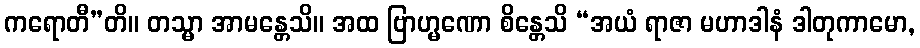
ကရောတီ”တိ။ တသ္မာ အာမန္တေသိ။ အထ ဗြာဟ္မဏော စိန္တေသိ “အယံ ရာဇာ မဟာဒါနံ ဒါတုကာမော,